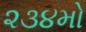
૨૩૪મો